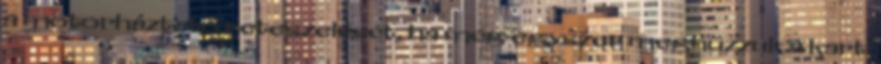
a motorháztető reteszelését, ha még egyszer meghúzzuk a kart.